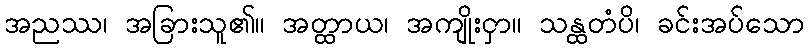
အညဿ၊ အခြားသူ၏။ အတ္ထာယ၊ အကျိုးငှာ။ သန္ထတံပိ၊ ခင်းအပ်သော